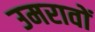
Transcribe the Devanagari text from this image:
उमरावों